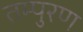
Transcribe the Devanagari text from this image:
तम्पुरण